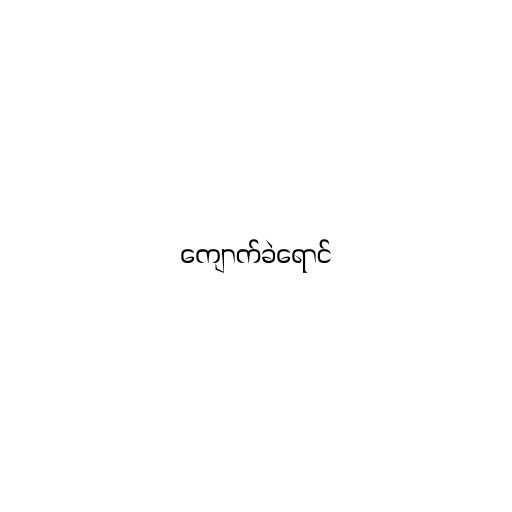
ကျောက်ခဲရောင်